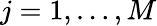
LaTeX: j=1,\ldots,M